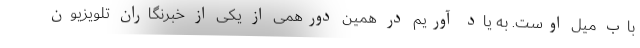
باب میل اوست. به یاد آوریم در همین دورهمی از یکی از خبرنگاران تلویزیون